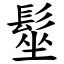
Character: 髽